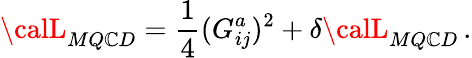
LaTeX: {\calL}_{MQ\mathbb{C}D}={\frac{{1}}{{4}}}(G_{ij}^{a})^{2}+\delta{\calL}_{MQ\mathbb{C}D}\, .